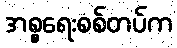
အစ္စရေးစစ်တပ်က